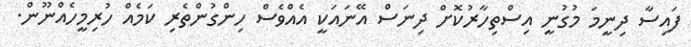
ފައިސާ ދިނީމަ މުގުނީ އިސްތިހާރުކޮށް ދިނަސް އޭނައަކީ އެއްވެސް ހިންގުންތެރި ކަމެއް ހުރިމީހެއްނޫން.